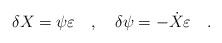
LaTeX: \begin{align*}\delta X=\psi\varepsilon \quad,\quad\delta\psi=-\dot X\varepsilon\quad.\end{align*}